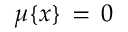
\mu \{ x \} \, = \, 0